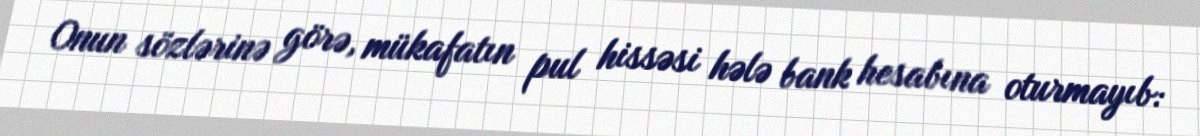
Onun sözlərinə görə, mükafatın pul hissəsi hələ bank hesabına oturmayıb: